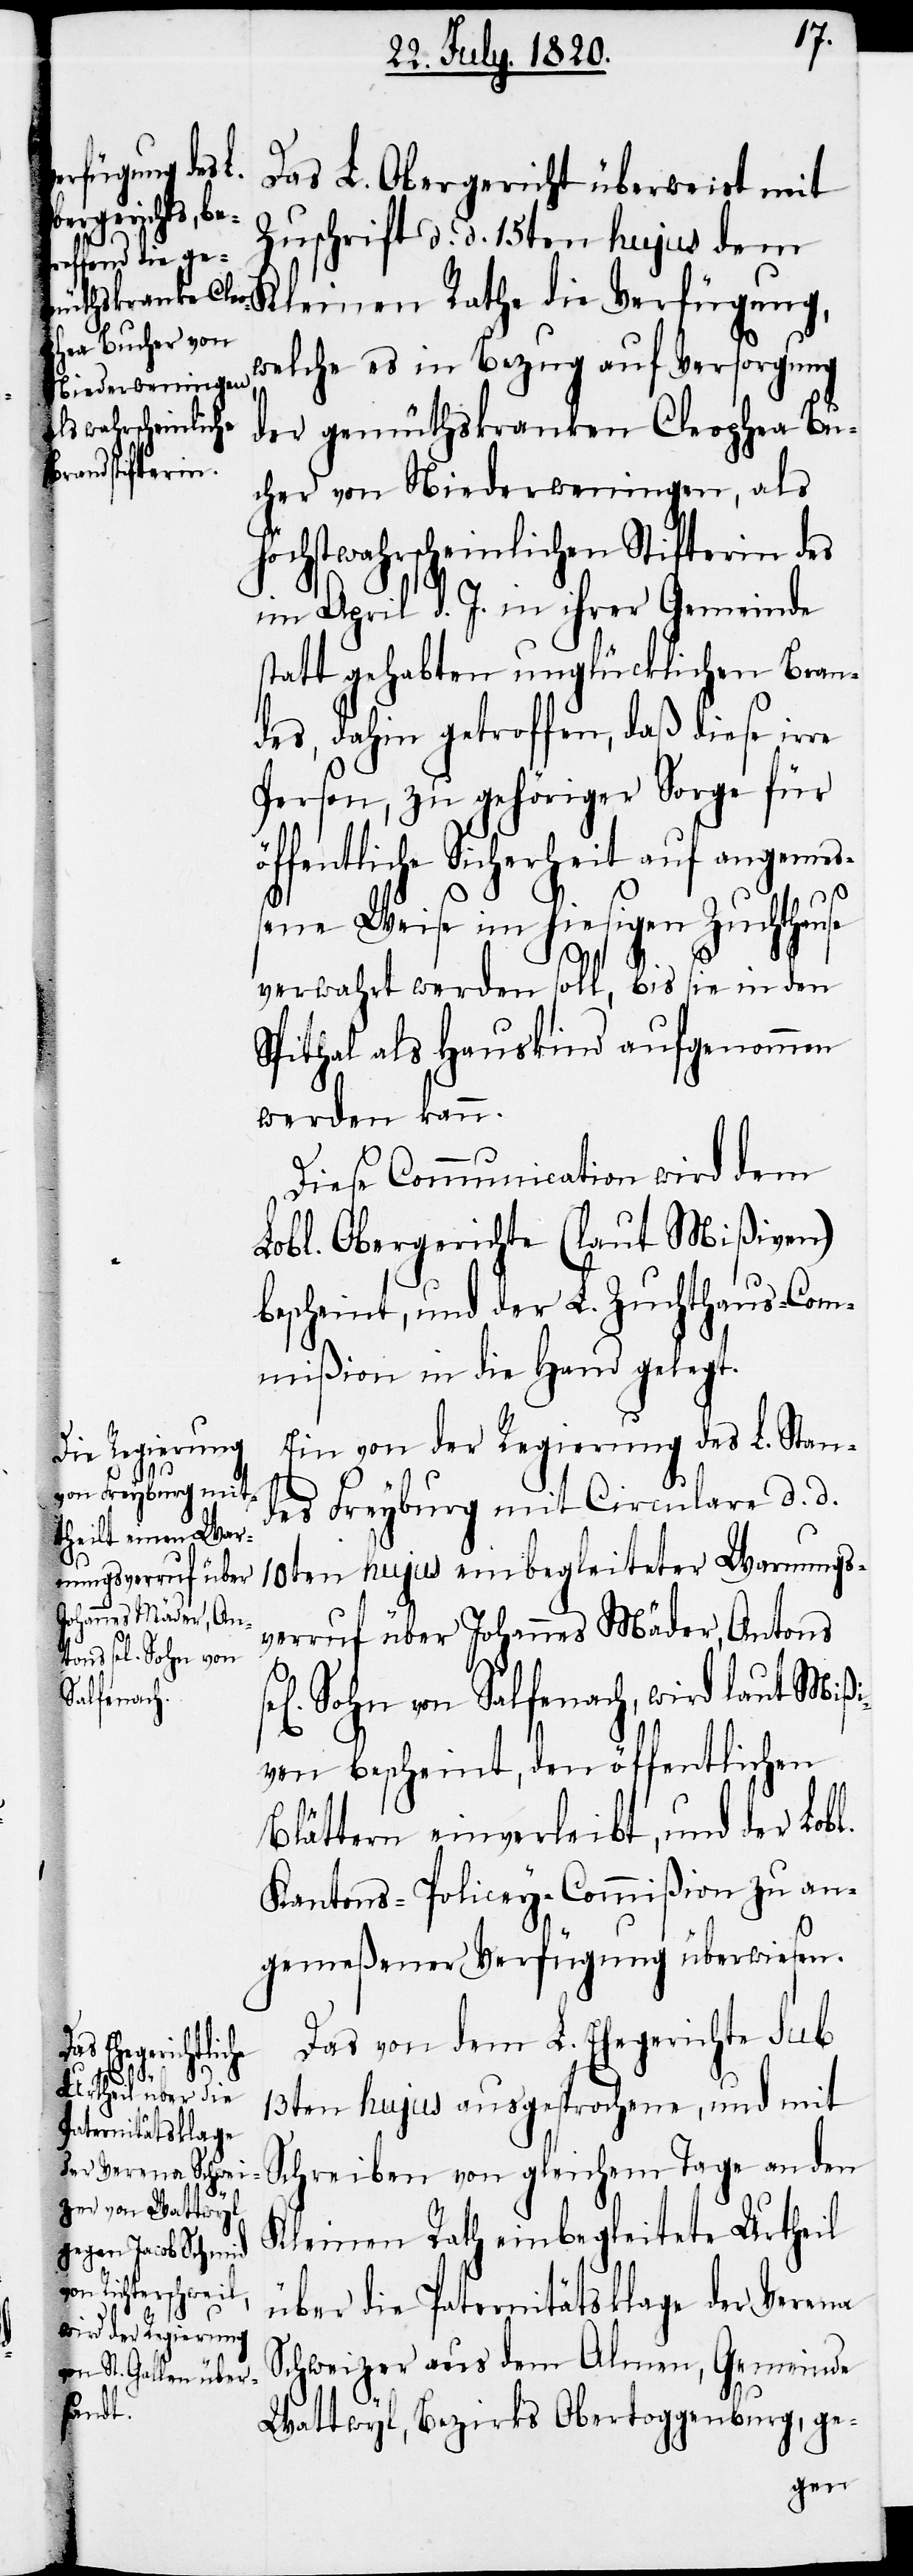
Das L. Obergericht überweist mit
Zuschrift d. d. 15ten hujus dem
welche es in Bezug auf Versorgung
der gemüthskranken Cleophea Bu¬
cher von Niederweningen, als
höchstwahrscheinlichen Stifterin des
im April d. J. in ihrer Gemeinde
statt gehabten unglücklichen Bran¬
des, dahin getroffen, daß diese irre
Person, zu gehöriger Sorge für
öffentliche Sicherheit auf angemeß¬
ene Weise im hiesigen Zuchthause
verwahrt werden soll, bis sie in den
Spithal als Hauskind aufgenommen
werden kann.
Diese Communication wird dem
Lobl. Obergerichte (laut Mißiven)
bescheint, und der L. Zuchthaus-Com¬
mißion in die Hand gelegt.
Ein von der Regierung des L. Stan¬
des Freyburg mit Circulare d. d.
10ten hujus einbegleiteter Warnungs¬
verruf über Johannes Mäder, Antons
Sohn von Salfenach, wird laut Mißi¬
ven bescheint, den öffentlichen
Blättern einverleibt, und der Lobl.
Kantons Policey-Commißion zu an¬
gemeßener Verfügung überwiesen.
Das von dem L. Ehegerichte sub
13ten hujus ausgesprochene, und mit
Schreiben von gleichem Tage an den
Kleinen Rath einbegleitete Urtheil
Kleinen Rathe die
über die Paternitätsklage der Verena
Schweizer aus dem Almen, Gemeinde
Wattwyl, Bezirks Obertoggenburg, ge-